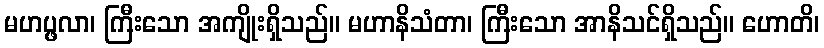
မဟပ္ဖလာ၊ ကြီးသော အကျိုးရှိသည်။ မဟာနိသံတာ၊ ကြီးသော အာနိသင်ရှိသည်။ ဟောတိ၊